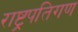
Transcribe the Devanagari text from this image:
राष्ट्रपतिगण